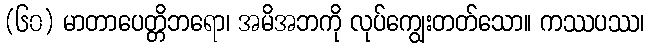
(၆၀) မာတာပေတ္တိဘရော၊ အမိအဘကို လုပ်ကျွေးတတ်သော။ ကဿပဿ၊